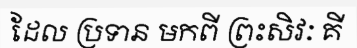
ដែល ប្រទាន មកពី ព្រះសិវៈ គី